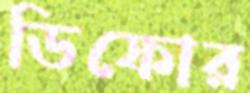
ডিফোর